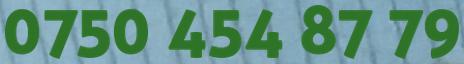
0750 454 87 79